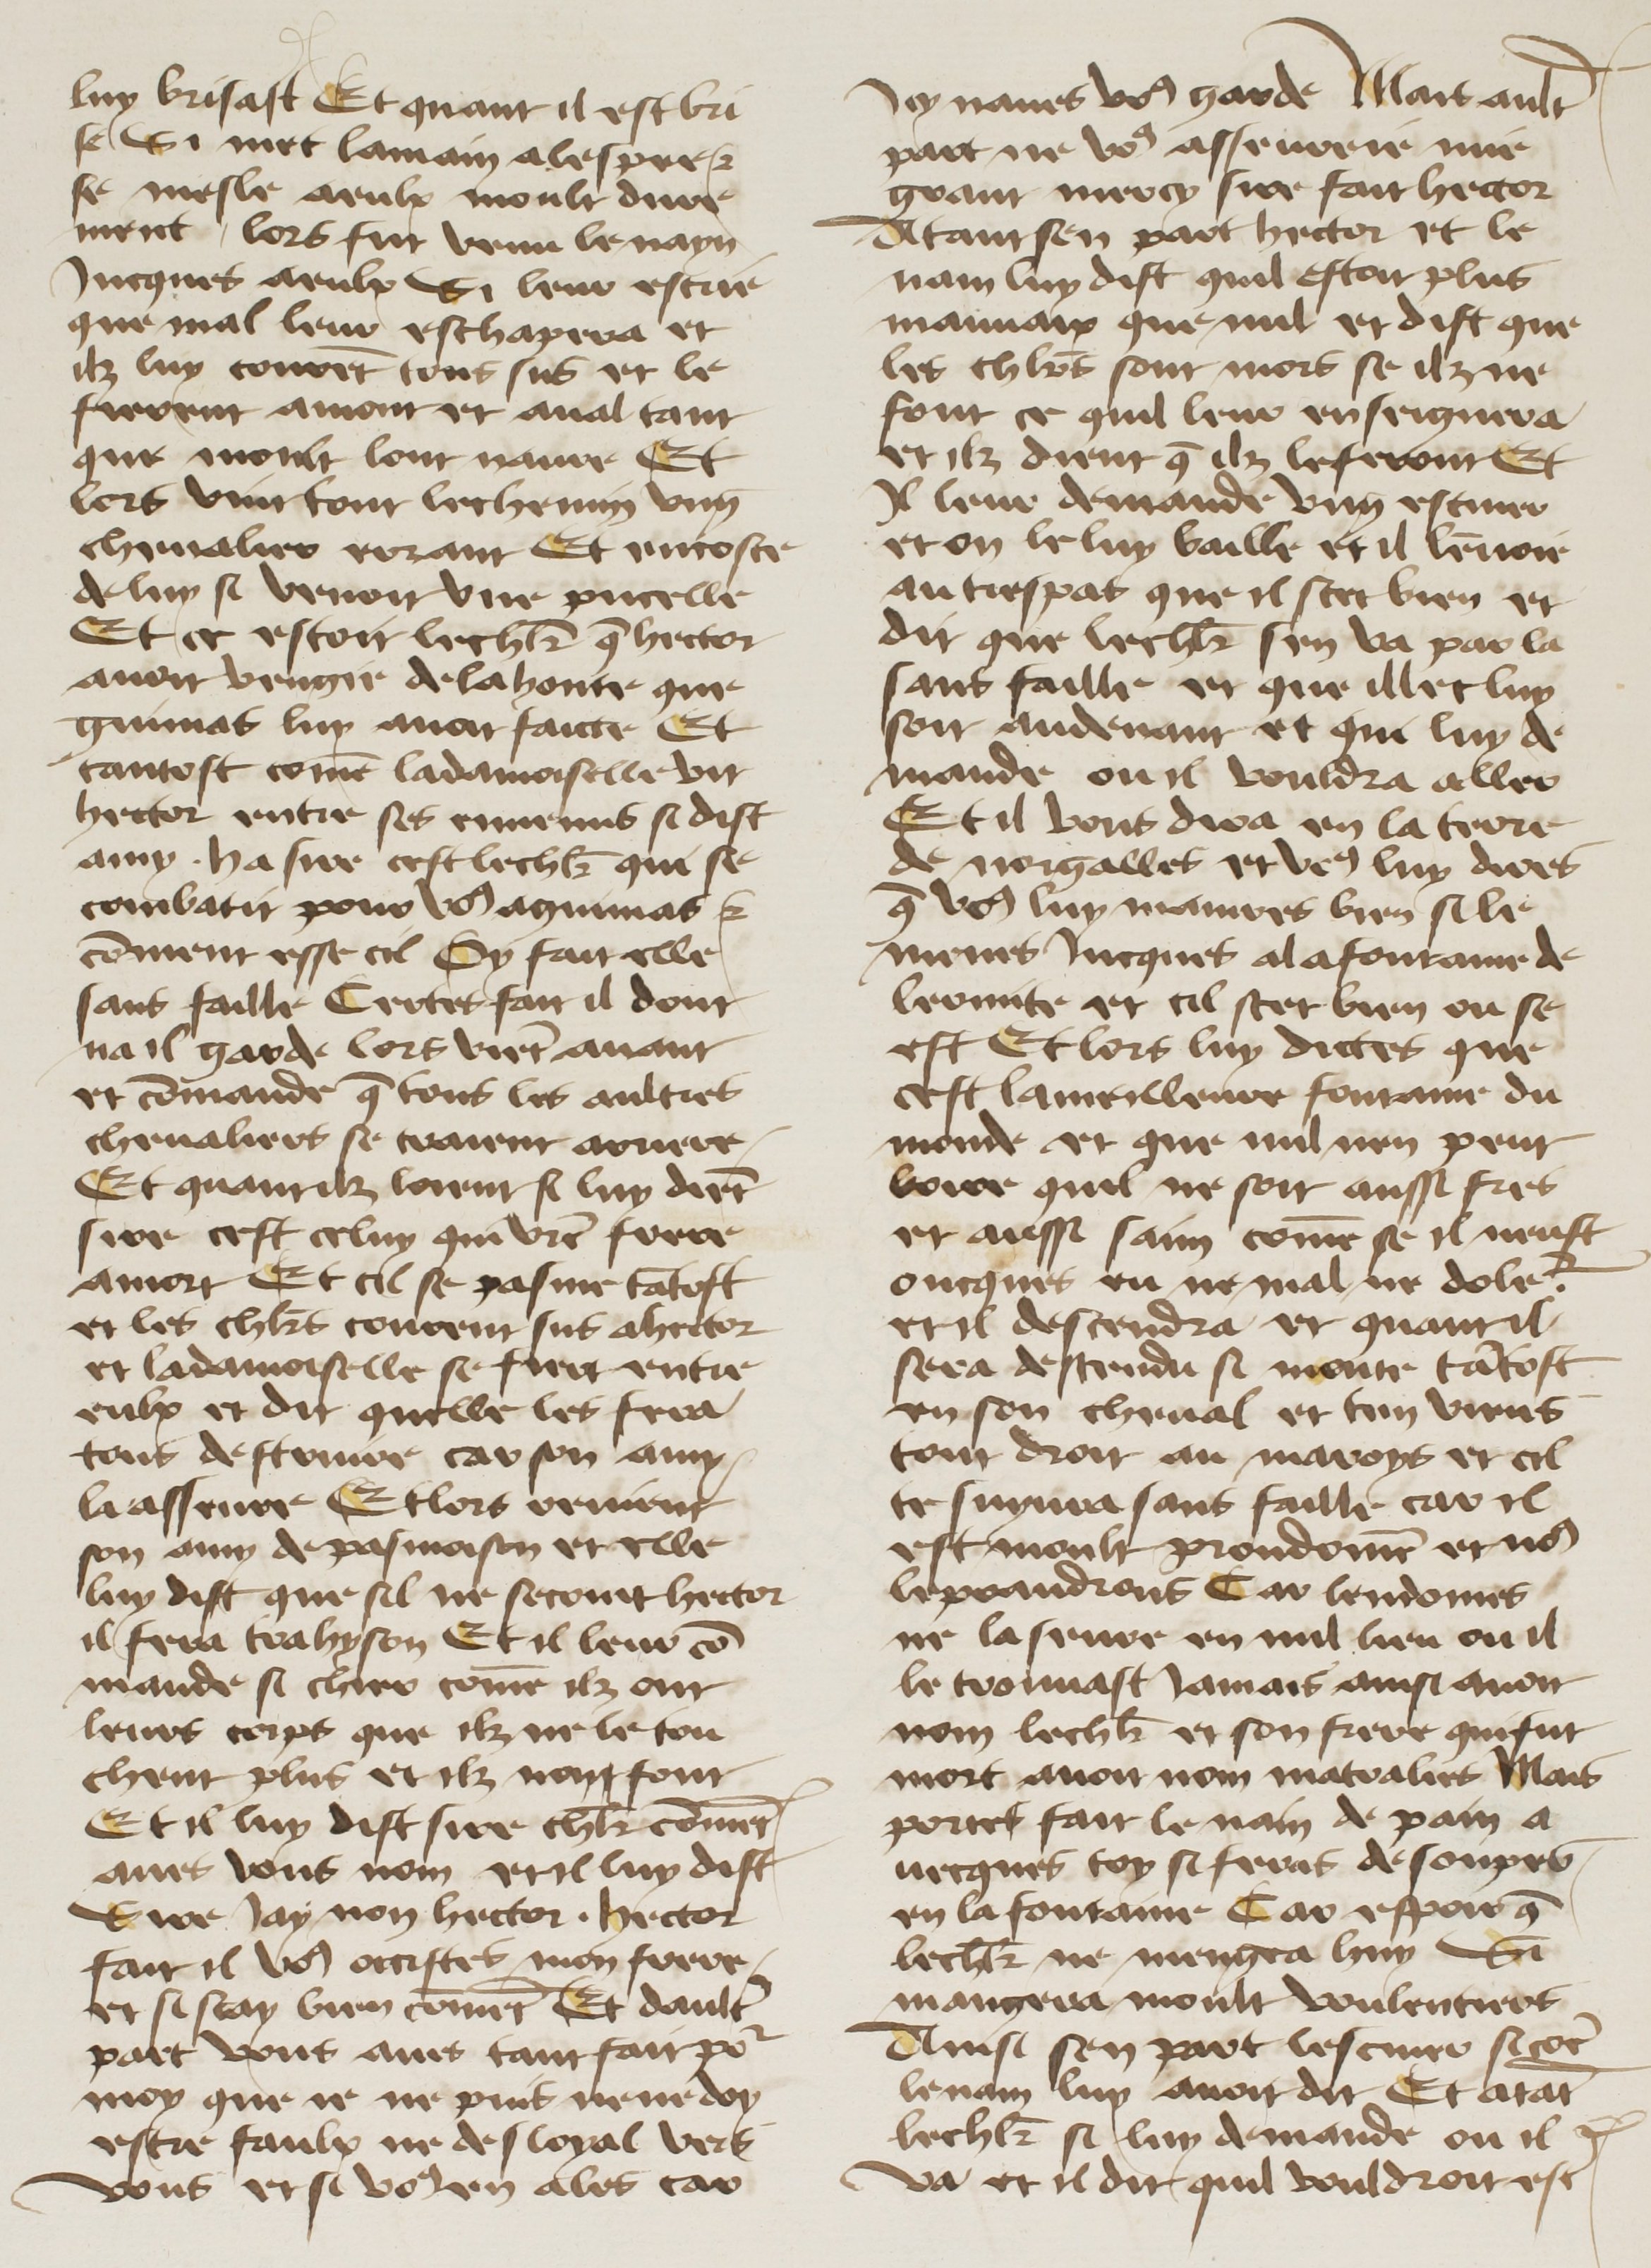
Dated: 1400–1499